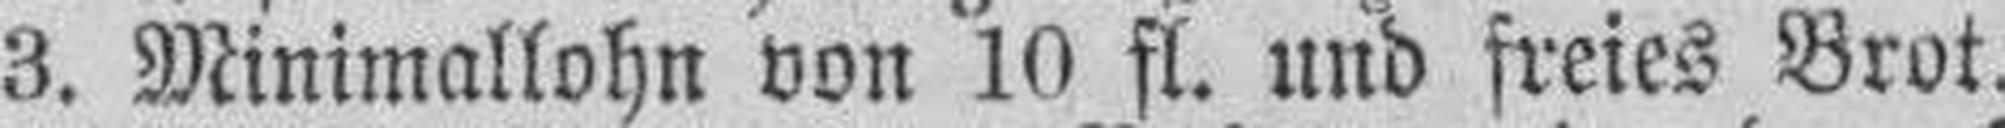
3. Minimallohn von 10 fl. und freies Brot.